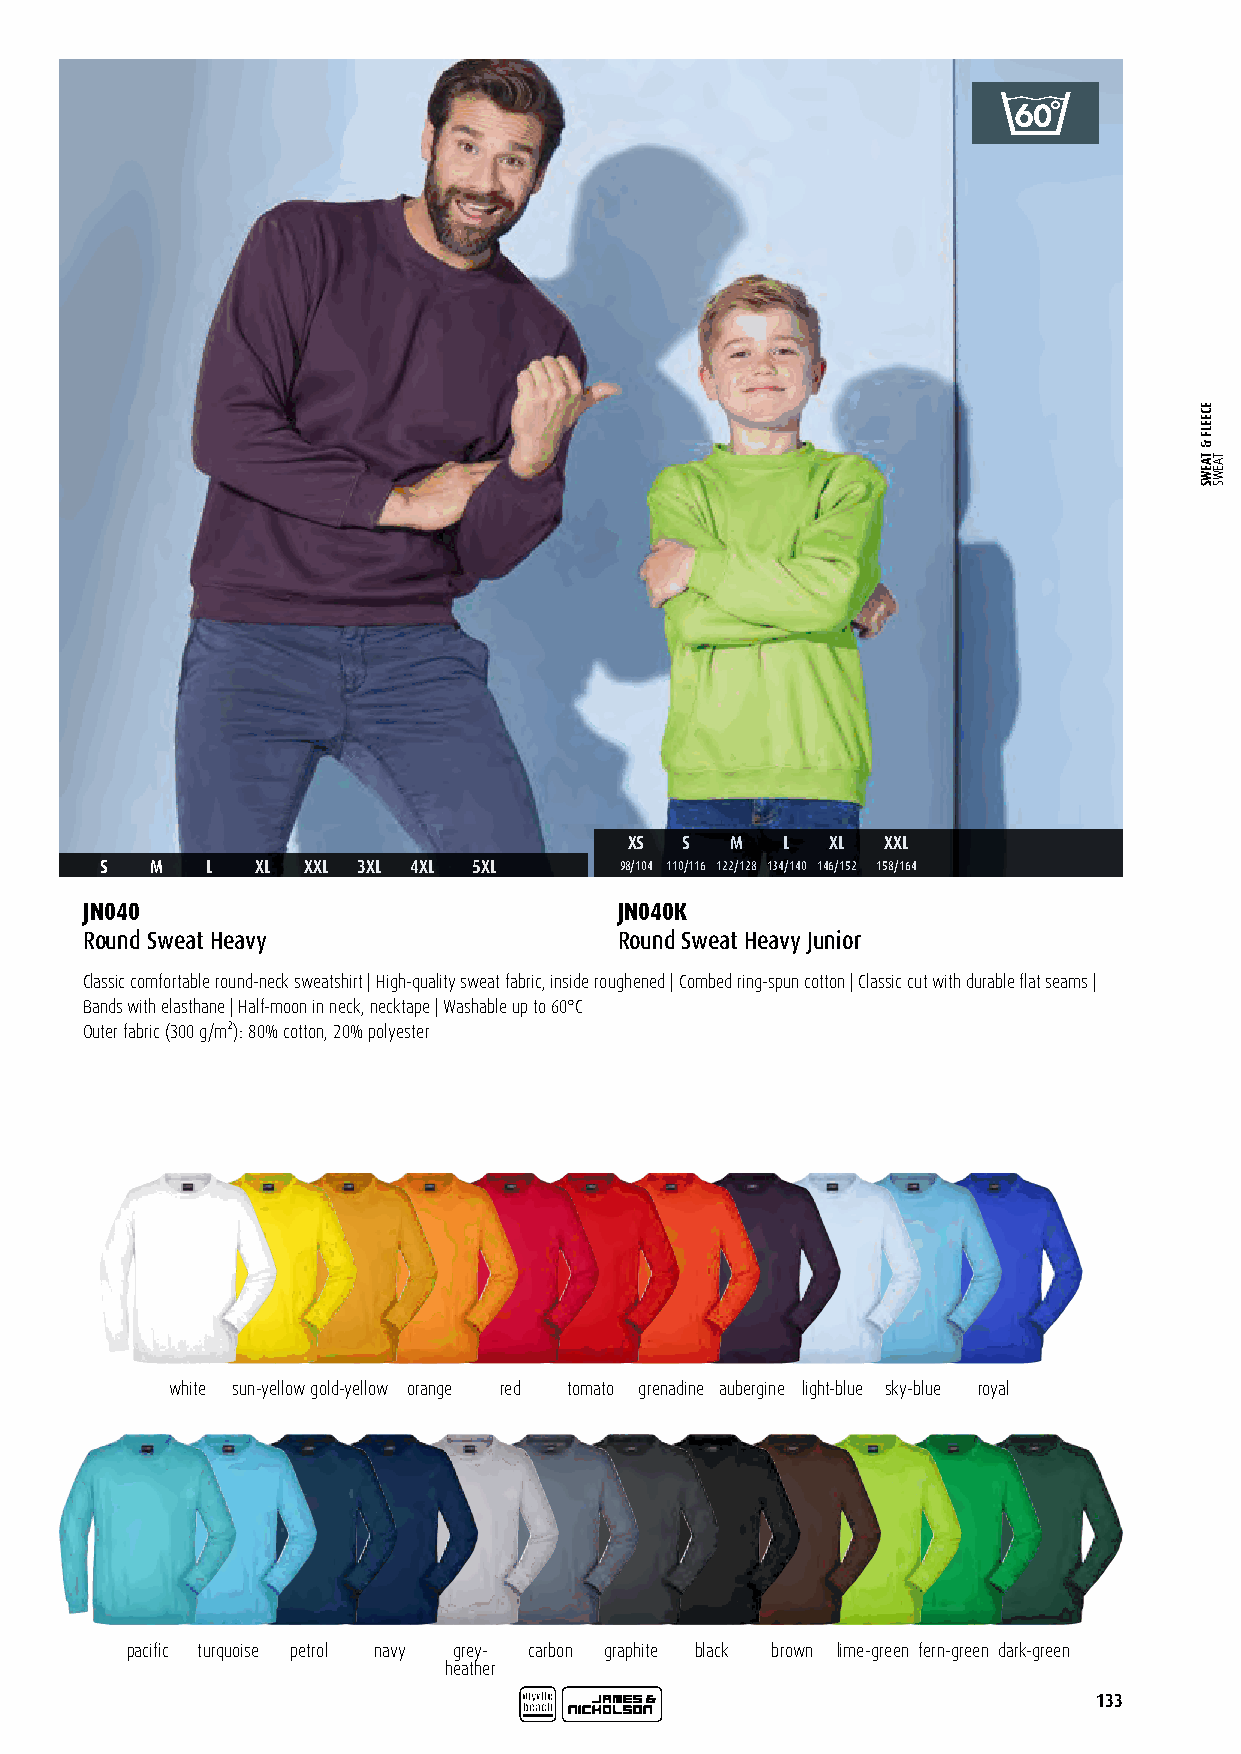
XS S  M   L  XL  XXL
 S  M   L  XL XXL 3XL 4XL 5XL      98/104 110/116 122/128 134/140 146/152 158/164
 JN040                               JN040K
 Round Sweat Heavy                   Round Sweat Heavy Junior
 Classic comfortable round-neck sweatshirt | High-quality sweat fabric, inside roughened | Combed ring-spun cotton | Classic cut with durable flat seams |
 Bands with elasthane | Half-moon in neck, necktape | Washable up to 60°C
 Outer fabric (300 g/m²): 80% cotton, 20% polyester
 white sun-yellowgold-yellow orange red tomato grenadine aubergine light-blue sky-blue royal
 pacific turquoise petrol navy grey- carbon graphite black brown lime-green fern-green dark-green
 heather
 133
 ECEELF
 &
 TAEWS TAEWS